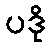
ပဒို